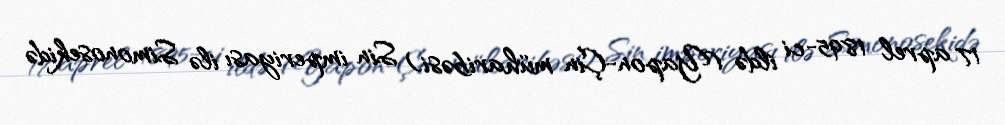
17 aprel 1895-ci ildə (Yapon-Çin müharibəsi) Sin imperiyası ilə Simonosekidə